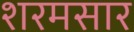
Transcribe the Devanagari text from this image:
शरमसार